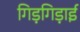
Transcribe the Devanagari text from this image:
गिड़गिड़ाई